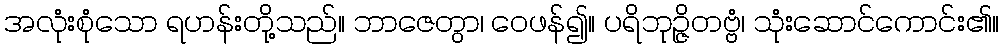
အလုံးစုံသော ရဟန်းတို့သည်။ ဘာဇေတွာ၊ ဝေဖန်၍။ ပရိဘုဉ္ဇိတဗ္ဗံ၊ သုံးဆောင်ကောင်း၏။